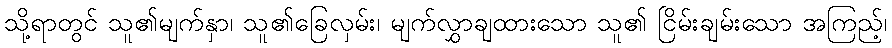
သို့ရာတွင် သူ၏မျက်နှာ၊ သူ၏ခြေလှမ်း၊ မျက်လွှာချထားသော သူ၏ ငြိမ်းချမ်းသော အကြည့်၊